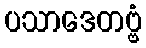
ပသာဒေတဗ္ဗံ